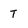
Character: T